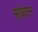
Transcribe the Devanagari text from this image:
सत्रंतन